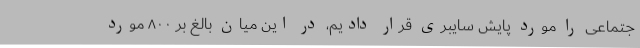
جتماعی را مورد پایش سایبری قرار دادیم، در این میان بالغ بر ۸۰۰ مورد